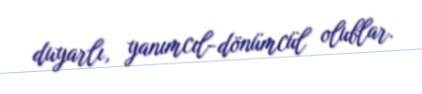
duyarlı, yanımcıl-dönümcül olublar.